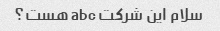
سلام این شرکت abc هست؟